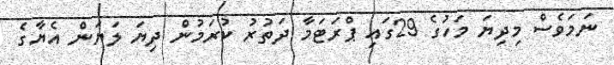
ނަމަވެސް މިދިޔަ މަހުގެ 29ގައި ޕްރަޓަމާ ދަތުރު ކުރަމުން ދިޔަ ލަޔަން އެޔާގެ